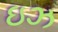
ઇઝ